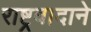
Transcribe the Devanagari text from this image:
राष्ट्रवादाने